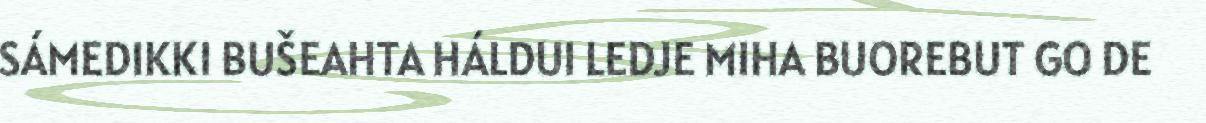
SÁMEDIKKI BUŠEAHTA HÁLDUI LEDJE MIHA BUOREBUT GO DE